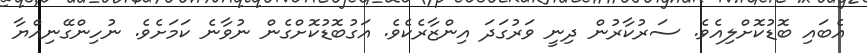
އެބައި ބޮޑުކޮށްލިއެވެ. ސަރުކާރުން ދިނީ ވަރުގަދަ އިންޒާރެކެވެ. އަގުބޮޑުކޮށްގެން ނުވާނެ ކަމަށެވެ. ނުހިންގޭނިއްޔާ